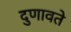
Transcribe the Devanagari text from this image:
दुणावते